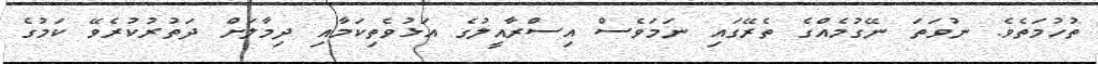
ތުހުމަތެވެ. ނުވަތަ ނޭގުމެއްގެ ތެރޭގައި ނަމަވެސް އިސްރާއީލުގެ އަޅުވެތިކަމާއި ދިމާލަށް ދަތުރުކުރެވޭ ކަމުގެ